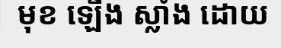
មុខ ឡើង ស្លាំង ដោយ